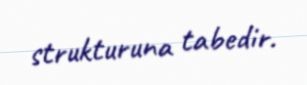
strukturuna tabedir.